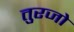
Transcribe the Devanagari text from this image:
तुरजो